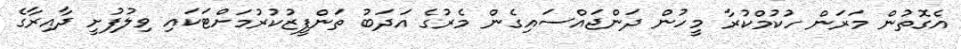
އެގޮތުން މަރަން ހުކުމްކުރާ މީހުން ދަންޖައްސައިގެން މެރުގެ އަދަބު ތަންފީޒުކުރުމަށްޓަކައި ވިލުފުށީ ދާއިރާގެ